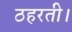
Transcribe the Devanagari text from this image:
ठहरती।